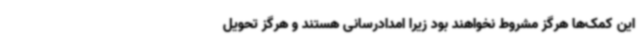
این کمک‌ها هرگز مشروط نخواهند بود زیرا امدادرسانی هستند و هرگز تحویل